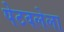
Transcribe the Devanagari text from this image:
पेटवलेला